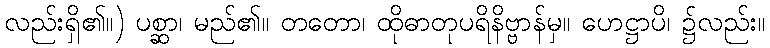
လည်းရှိ၏။) ပစ္ဆာ၊ မည်၏။ တတော၊ ထိုဓာတုပရိနိဗ္ဗာန်မှ။ ဟေဋ္ဌာပိ၊ ၌လည်း။